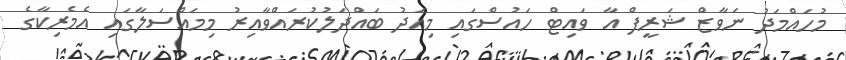
މުހައްމަދު ނަވާޒް ޝަރީފް އާ ވައިޓް ހައުސްގައި މިއަދު ބައްދަލުކުރައްވާއިރު މިމައްސަލާގައި އެމެރިކާގެ